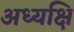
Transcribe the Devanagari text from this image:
अध्यक्षि